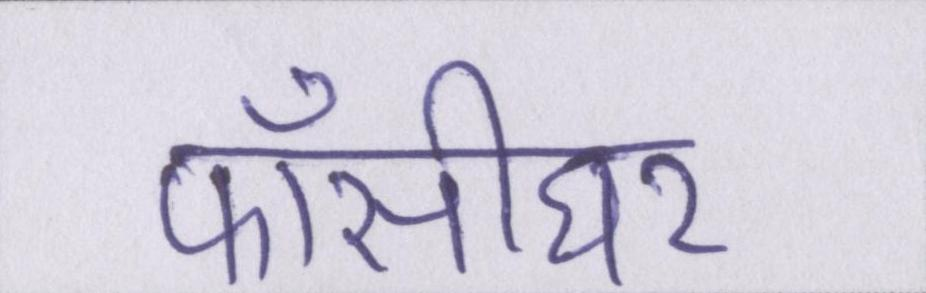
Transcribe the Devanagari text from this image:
फाँसीघर